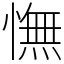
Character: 憮